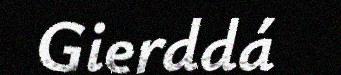
Gierddá